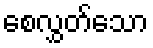
စေလွှတ်သော